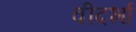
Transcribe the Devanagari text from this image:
वीदर्भा